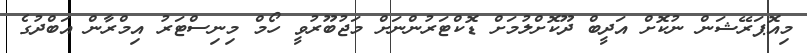
މިއޮޕަރޭޝަން ނުކޮށް އަދީބް ދޫކޮށްލުމަށް ޑޮކްޓަރުންނަށް މަޖުބޫރުވީ ހޯމް މިނިސްޓަރު އިމްރާން އަބްދުގެ